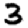
Digit: 3